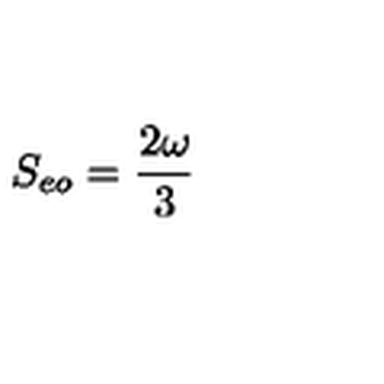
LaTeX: S _ { e o } = { \frac { 2 \omega } { 3 } }